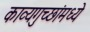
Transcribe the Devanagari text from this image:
काव्यगुच्छांमध्ये